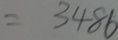
= 3 4 8 6